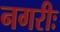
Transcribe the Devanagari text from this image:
नगरीः